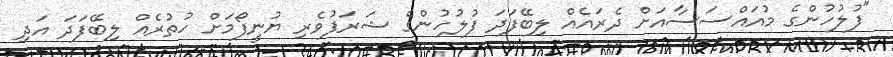
"ފުލުހުންގެ މުއައްސަސާއަށް ދެރައެއް ލިބޭފަދަ ފުލުހުންގެ ޝަރަފުވެރި ޔުނީފޯމަށް ހުތުރެއް ލިބޭފަދަ އަދި